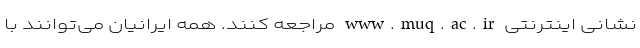
نشانی اینترنتی www.muq.ac.ir مراجعه کنند. همه ایرانیان می‌توانند با